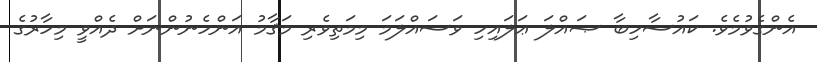
އެންގެވުމެވެ. ކައުސާހިބާ ޞައްލަ ޢަލައިހި ވަސައްލަމަ މިމަތިވެރި މަޤާމު އަންހެނުންނަށް ދެއްވީ މިހާރުގެ